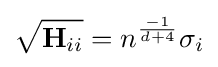
{\sqrt {\mathbf {H} _{ii}}}=n^{\frac {-1}{d+4}}\sigma _{i}